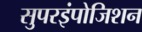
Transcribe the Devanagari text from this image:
सुपरइंपोजिशन